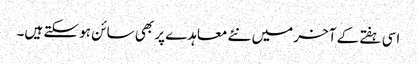
اسی ہفتے کے آخر میں نئے معاہدے پر بھی سائن ہو سکتے ہیں۔